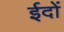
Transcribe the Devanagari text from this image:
ईदों